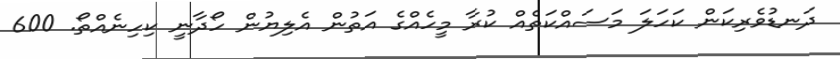
ދަނޑުވެރިކަން ކަހަލަ މަސައްކަތެއް ކުރާ މީހެއްގެ އަތުން އެލިޔުން ހޯދާނީ ކިހިނެއްތޯ. 600